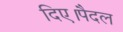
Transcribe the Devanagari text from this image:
दिए।पैदल